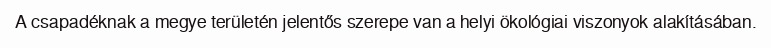
A csapadéknak a megye területén jelentős szerepe van a helyi ökológiai viszonyok alakításában.